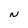
Character: N